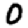
Digit: 0